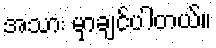
အသား မှာချင်ပါတယ်။